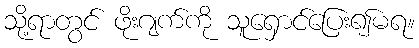
သို့ရာတွင် ဖိုးဂျက်ကို သူရှောင်ပြေး၍မရ။